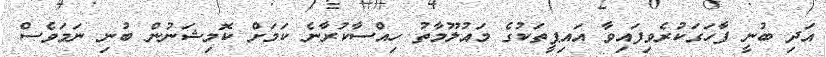
އަދި ބުނީ ފާހަގަކުރެވިފައިވާ އައިޕީތަކުގެ މައުލޫމާތު ހިއްސާކުރާނެ ކަމަށް ކޮމިޝަނުން ބުނި ނަމަވެސް